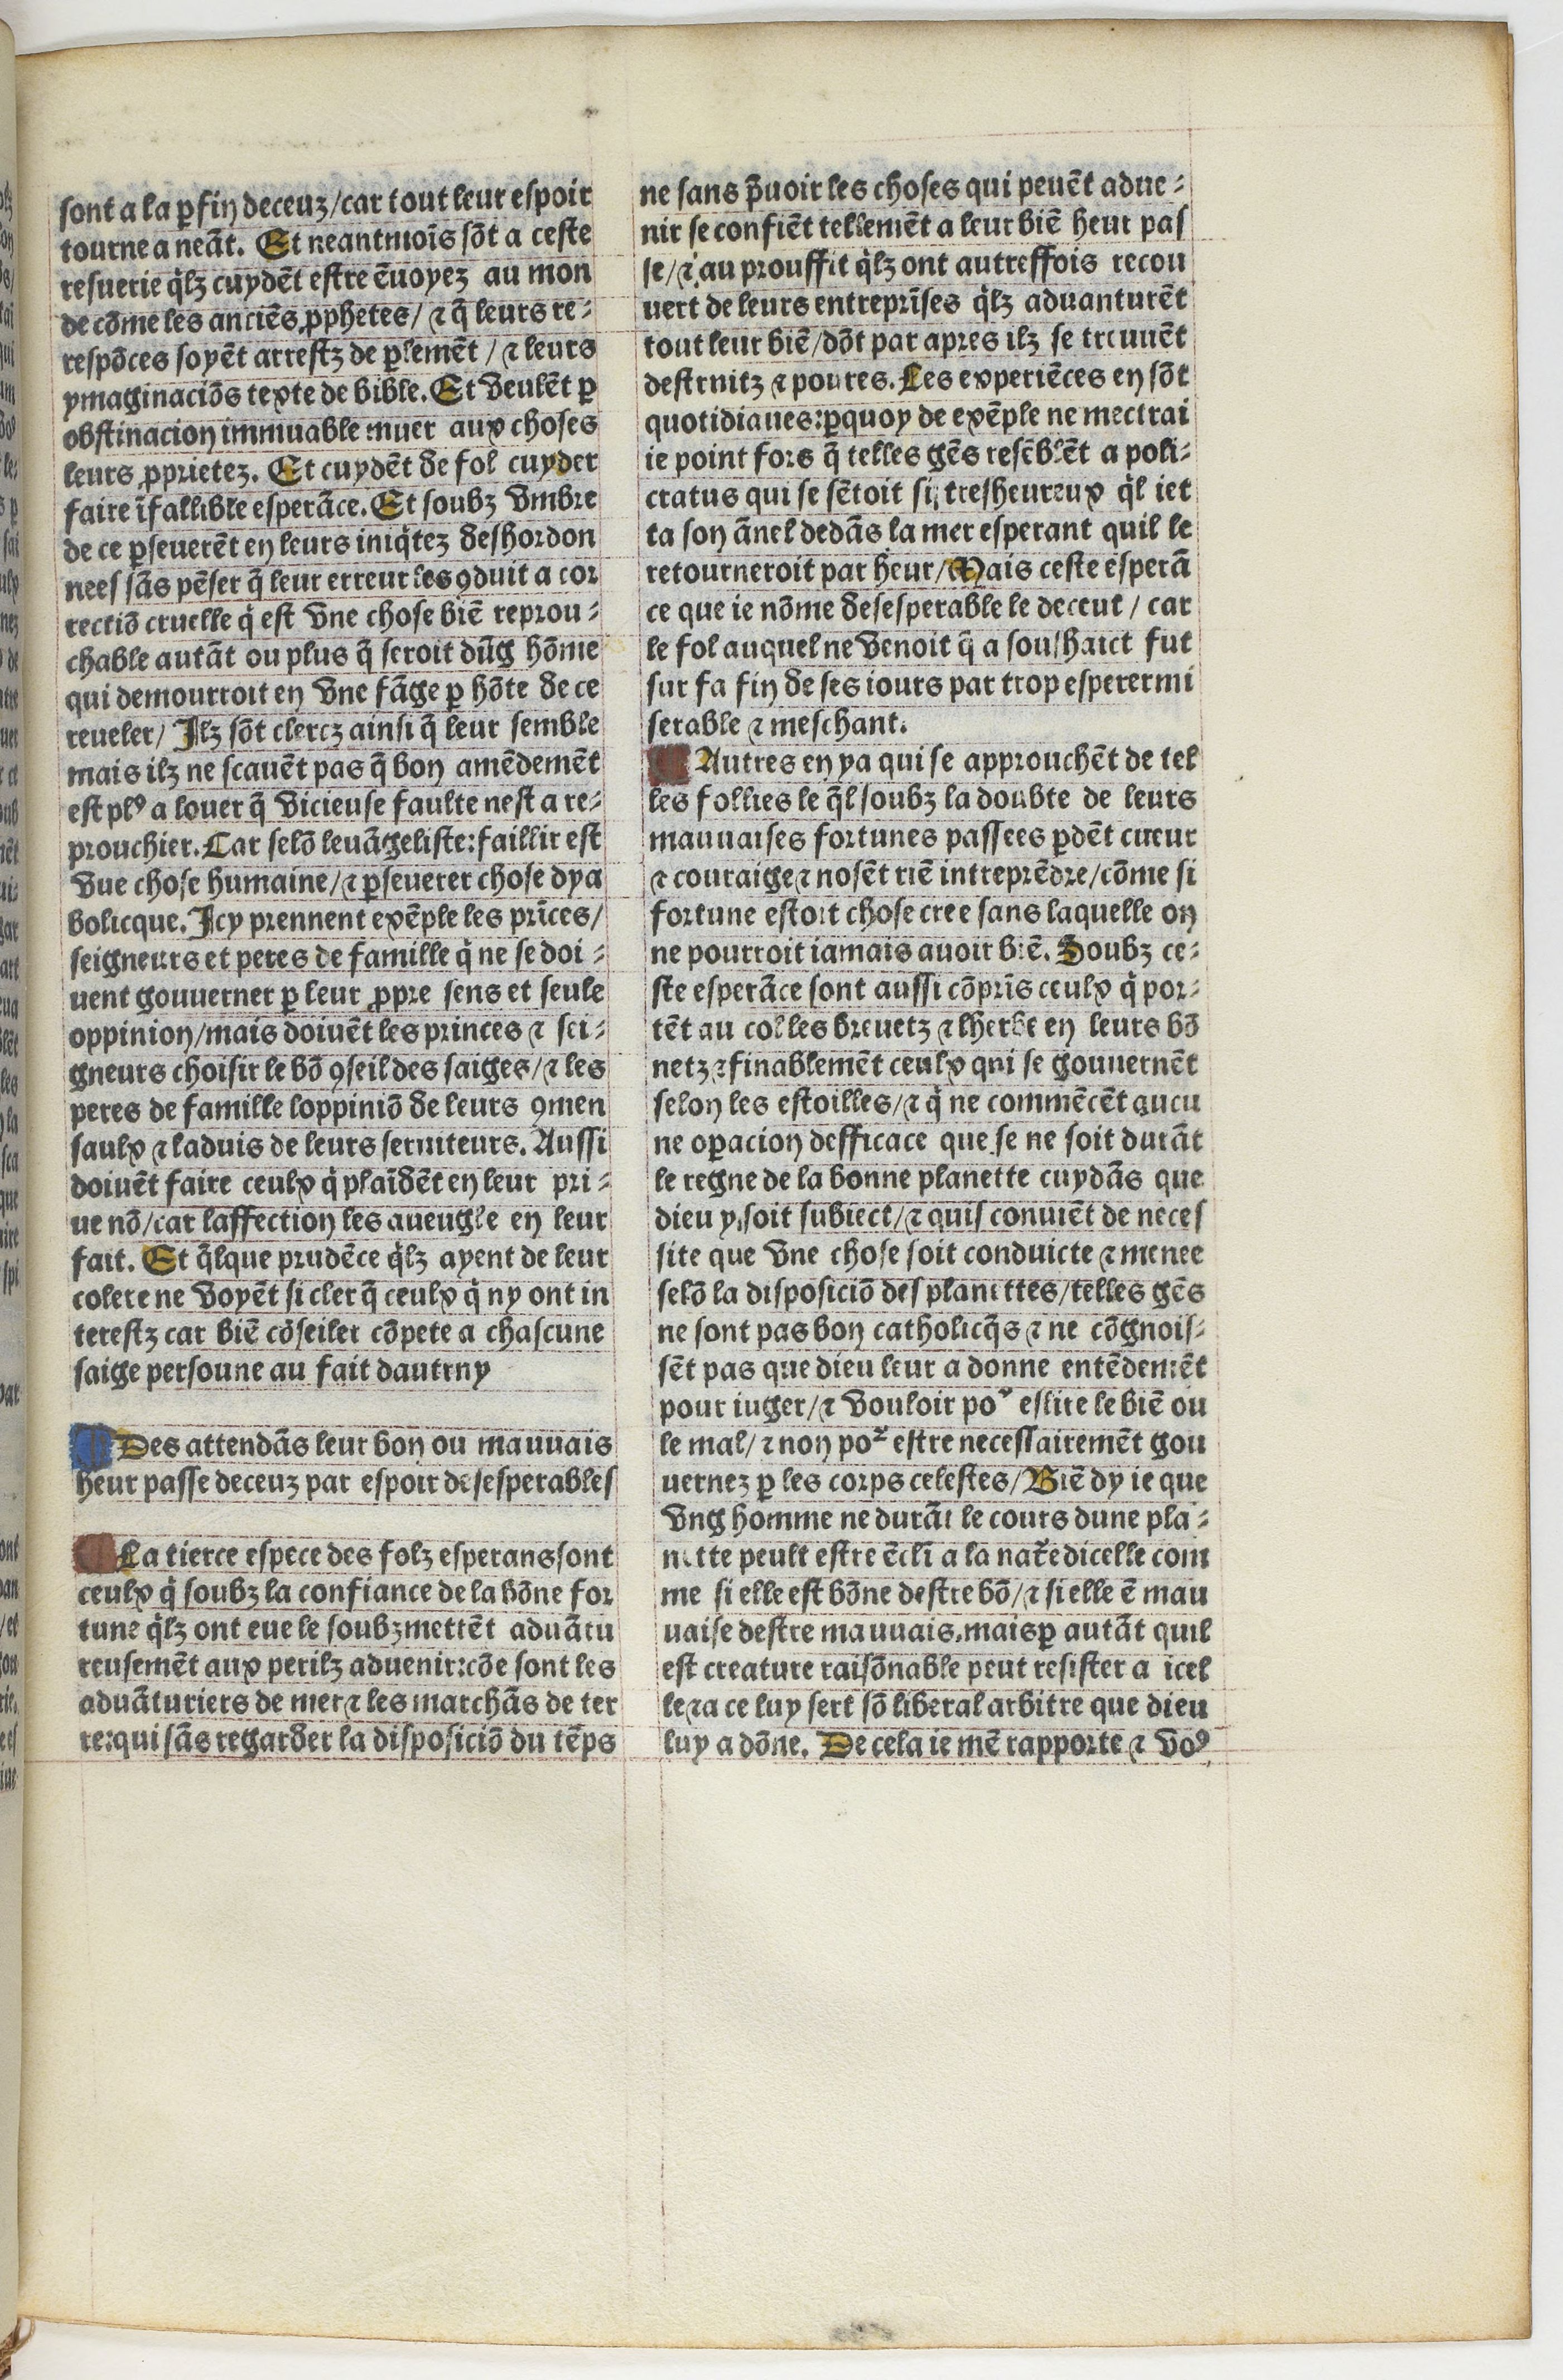
Shelfmark: Paris, BnF, Velins 1103
Century: 16